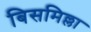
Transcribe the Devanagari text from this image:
बिसमिल्ला